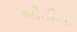
બોડીનો